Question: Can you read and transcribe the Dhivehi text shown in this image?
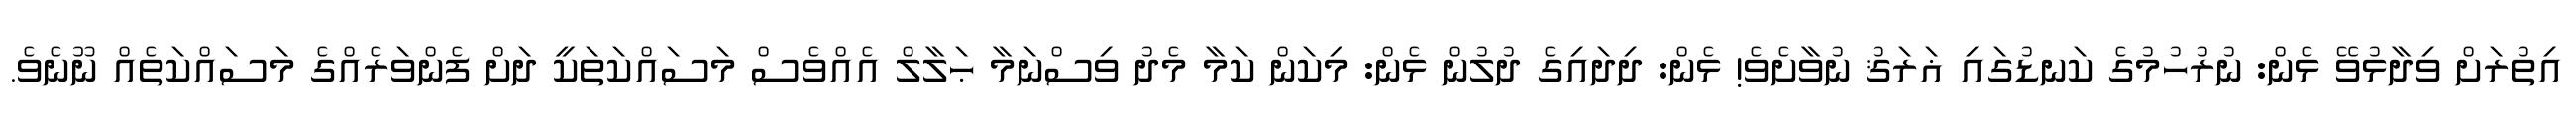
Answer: އިތުރަށް ވިދާޅުވޭ ޅެން: ނުރުހުމުގެ ކަނޑުގައި ޣަރަޤު ނުވާށެވެ! ޅެން: ދިދައިގެ ދުލުން ޅެން: މިކަން ކަމާ މެދު ވިސްނަމާ ޙަލާލް އެއްވެސް މަސައްކަތަކީ ދަށް ފެންވަރެއްގެ މަސައްކަތެއް ނޫނެވެ.